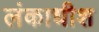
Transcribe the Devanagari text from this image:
लंकाधीश